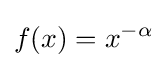
f(x)=x^{-\alpha }